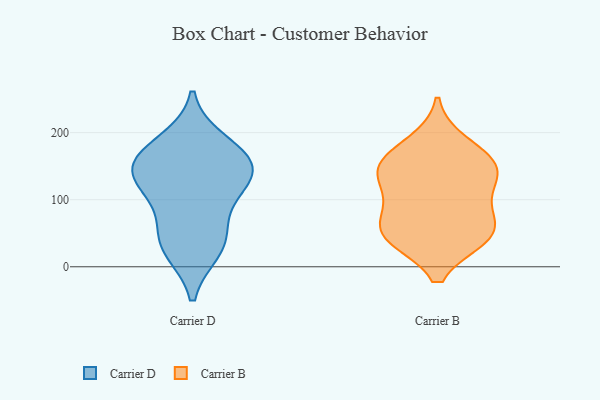
{"axis": {"x": "LTV (USD)", "y": "Value"}, "legend": ["Carrier B", "Carrier D"], "data": [{"x": "", "y": 26, "type": "Carrier D"}, {"x": "", "y": 163, "type": "Carrier D"}, {"x": "", "y": 150, "type": "Carrier D"}, {"x": "", "y": 139, "type": "Carrier D"}, {"x": "", "y": 53, "type": "Carrier D"}, {"x": "", "y": 33, "type": "Carrier D"}, {"x": "", "y": 107, "type": "Carrier D"}, {"x": "", "y": 156, "type": "Carrier D"}, {"x": "", "y": 119, "type": "Carrier D"}, {"x": "", "y": 185, "type": "Carrier D"}, {"x": "", "y": 88, "type": "Carrier B"}, {"x": "", "y": 137, "type": "Carrier B"}, {"x": "", "y": 184, "type": "Carrier B"}, {"x": "", "y": 47, "type": "Carrier B"}, {"x": "", "y": 104, "type": "Carrier B"}, {"x": "", "y": 51, "type": "Carrier B"}, {"x": "", "y": 149, "type": "Carrier B"}, {"x": "", "y": 48, "type": "Carrier B"}, {"x": "", "y": 151, "type": "Carrier B"}, {"x": "", "y": 45, "type": "Carrier B"}, {"x": "", "y": 150, "type": "Carrier B"}]}